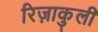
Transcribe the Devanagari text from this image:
रिज़ाकुली